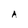
Character: A